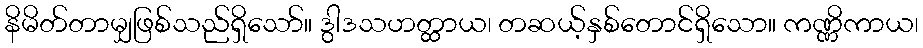
နိမိတ်တာမျှဖြစ်သည်ရှိသော်။ ဒွါဒသဟတ္ထာယ၊ တဆယ့်နှစ်တောင်ရှိသော။ ကဏ္ဏိကာယ၊